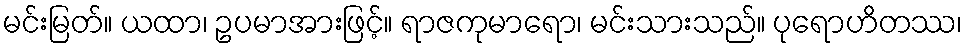
မင်းမြတ်။ ယထာ၊ ဥပမာအားဖြင့်။ ရာဇကုမာရော၊ မင်းသားသည်။ ပုရောဟိတဿ၊